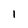
Character: l